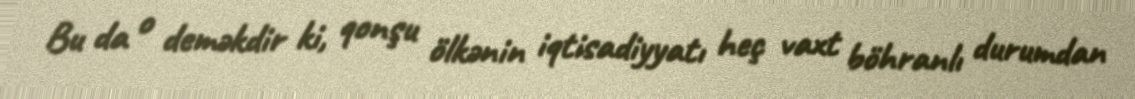
Bu da o deməkdir ki, qonşu ölkənin iqtisadiyyatı heç vaxt böhranlı durumdan